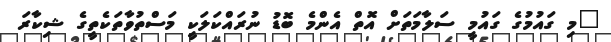
"މި ގައުމުގެ ގައުމީ ސަލާމަތަށް އޮތް އެންމެ ބޮޑު ނުރައްކަލަކީ މަސްތުވާތަކެތީގެ ޝިކާރަ